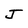
Character: J